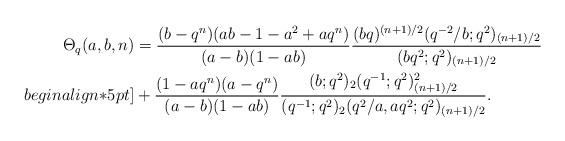
LaTeX: \begin{align*}\Theta_q(a,b,n)&=\frac{(b-q^n)(ab-1-a^2+aq^n)}{(a-b)(1-ab)}\frac{(bq)^{(n+1)/2}(q^{-2}/b;q^2)_{(n+1)/2}}{(bq^2;q^2)_{(n+1)/2}}\\begin{align*}5pt]&+\frac{(1-aq^n)(a-q^n)}{(a-b)(1-ab)}\frac{(b;q^2)_2(q^{-1};q^2)_{(n+1)/2}^2}{(q^{-1};q^2)_2(q^2/a,aq^{2};q^2)_{(n+1)/2}}.\end{align*}